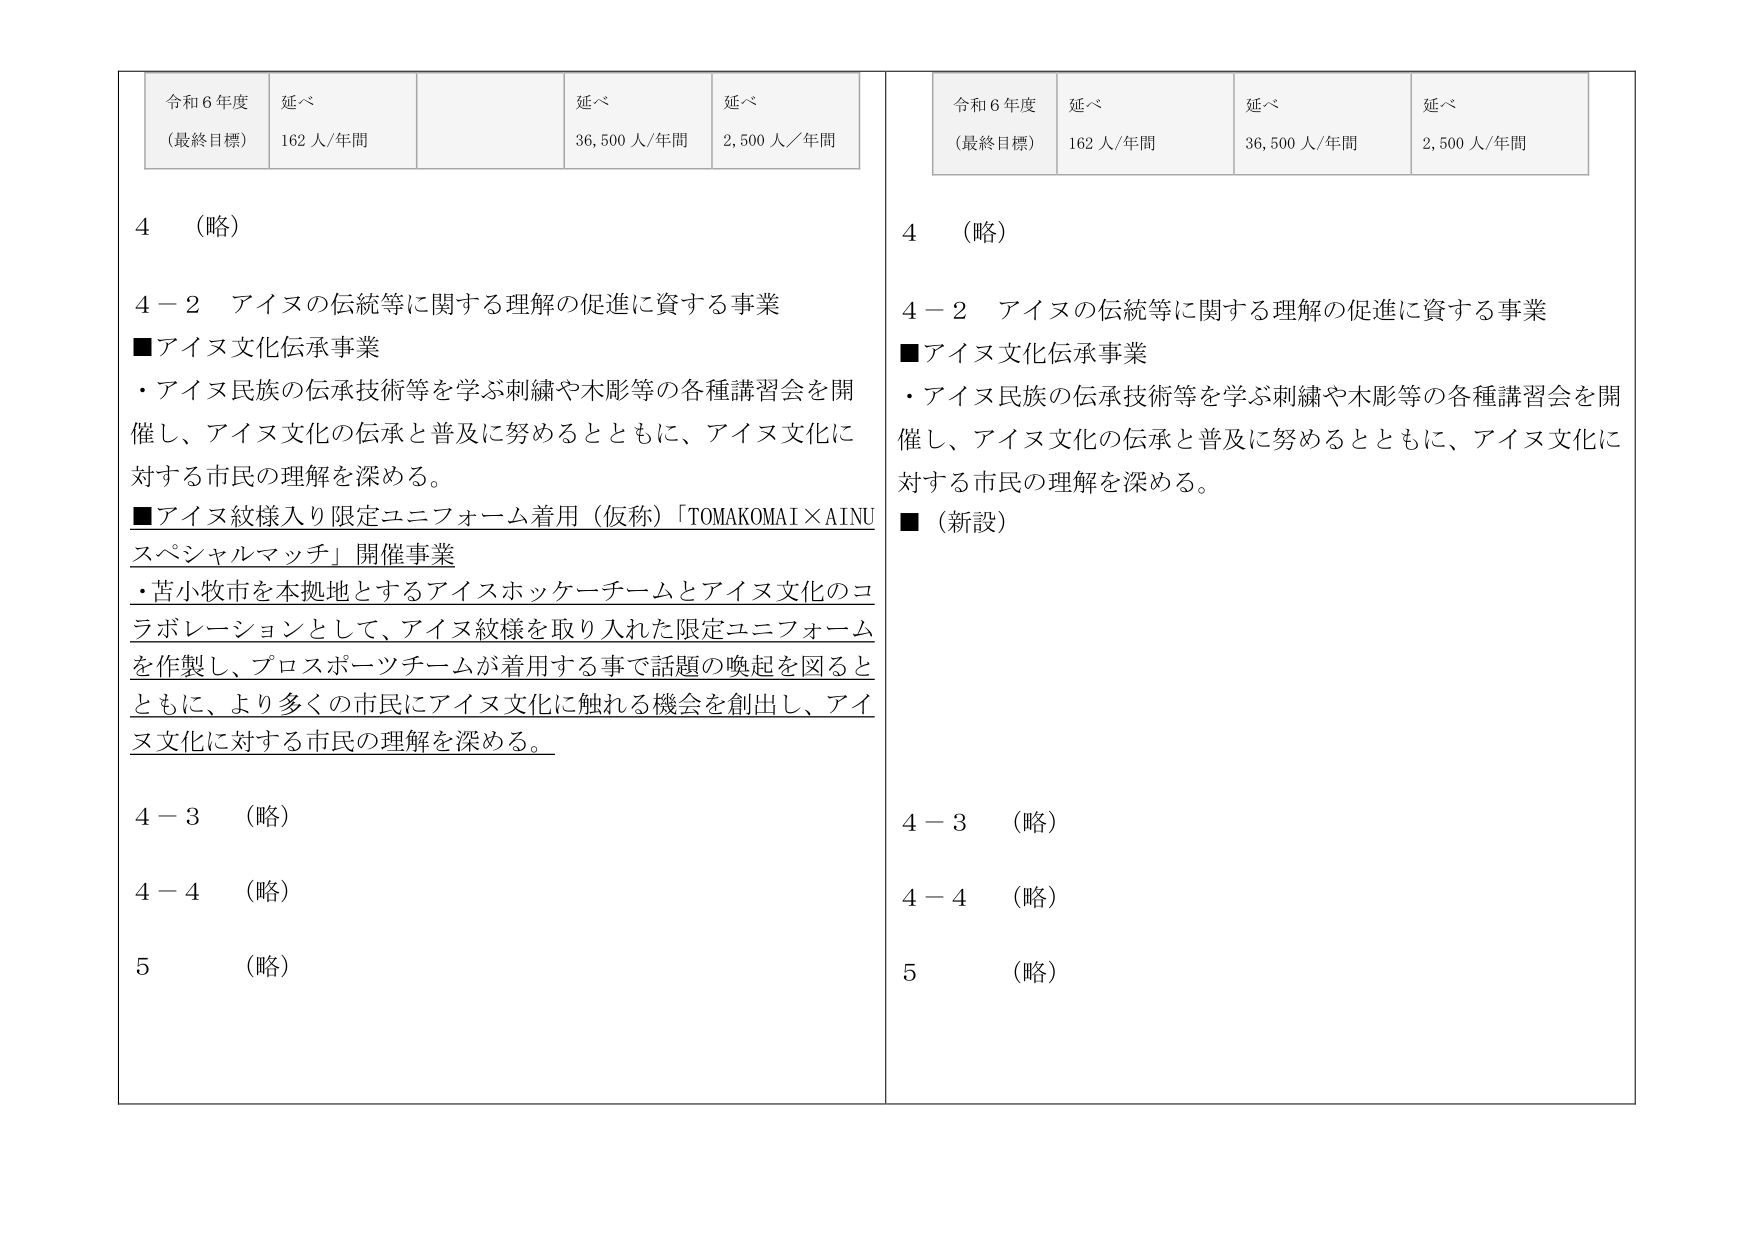
令和６年度
（最終目標）
延べ
162人/年間
延べ
36,500人/年間
延べ
2,500人/年間

4 （略）
4－2 アイヌの伝統等に関する理解の促進に資する事業
■アイヌ文化伝承事業
・アイヌ民族の伝承技術等を学ぶ刺繍や木彫等の各種講習会を開催し、アイヌ文化の伝承と普及に努めるとともに、アイヌ文化に対する市民の理解を深める。
■アイヌ紋様入り限定ユニフォーム着用（仮称）「TOMAKOMAI×AINU スペシャルマッチ」開催事業
・苫小牧市を本拠地とするアイヌホッケーチームとアイヌ文化のコラボレーションとして、アイヌ紋様を取り入れた限定ユニフォームを作製し、プロスポーツチームが着用する事で話題の喚起を図るとともに、より多くの市民にアイヌ文化に触れる機会を創出し、アイヌ文化に対する市民の理解を深める。
4－3 （略）
4－4 （略）
5 （略）

令和６年度
（最終目標）
延べ
162人/年間
延べ
36,500人/年間
延べ
2,500人/年間

4 （略）
4－2 アイヌの伝統等に関する理解の促進に資する事業
■アイヌ文化伝承事業
・アイヌ民族の伝承技術等を学ぶ刺繍や木彫等の各種講習会を開催し、アイヌ文化の伝承と普及に努めるとともに、アイヌ文化に対する市民の理解を深める。
■（新設）
4－3 （略）
4－4 （略）
5 （略）